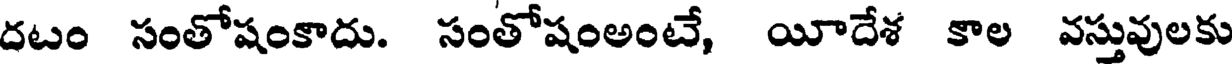
దటం సంతోషంకాదు. సంతోషంఅంటే, యీదేశ కాల వస్తువులకు